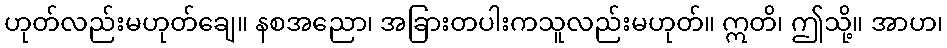
ဟုတ်လည်းမဟုတ်ချေ။ နစအညော၊ အခြားတပါးကသူလည်းမဟုတ်။ ဣတိ၊ ဤသို့။ အာဟ၊